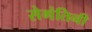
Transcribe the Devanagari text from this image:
सेगंतिनी